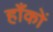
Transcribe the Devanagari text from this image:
हाँकों